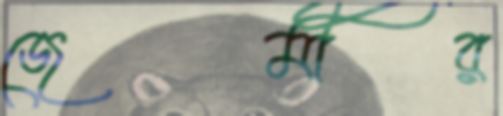
জেমীর